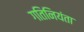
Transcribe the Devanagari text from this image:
गतिनियंता